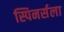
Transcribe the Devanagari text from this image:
स्पिनर्सला